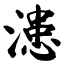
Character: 漶